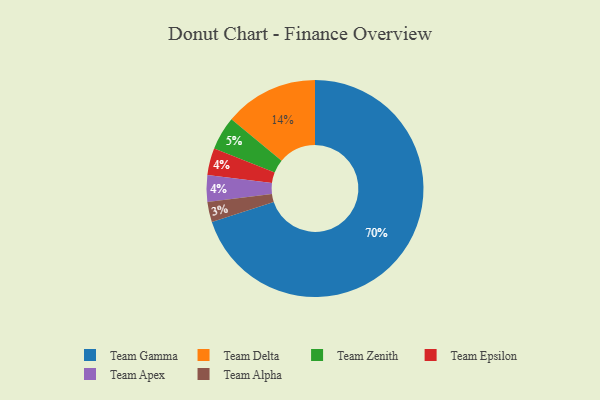
{"axis": {"x": "Category", "y": "Percentage"}, "legend": ["Team Alpha", "Team Apex", "Team Delta", "Team Epsilon", "Team Gamma", "Team Zenith"], "data": [{"x": "Team Epsilon", "y": 4, "type": "Team Epsilon"}, {"x": "Team Gamma", "y": 70, "type": "Team Gamma"}, {"x": "Team Zenith", "y": 5, "type": "Team Zenith"}, {"x": "Team Alpha", "y": 3, "type": "Team Alpha"}, {"x": "Team Delta", "y": 14, "type": "Team Delta"}, {"x": "Team Apex", "y": 4, "type": "Team Apex"}]}